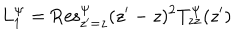
L _ { 1 } ^ { \Psi } = \mathrm { R e s } _ { z ^ { \prime } = z } ^ { \Psi } ( z ^ { \prime } - z ) ^ { 2 } T _ { z z } ^ { \Psi } ( z ^ { \prime } )